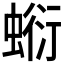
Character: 𧎘